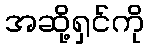
အဆို့ရှင်ကို